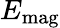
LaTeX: E_{\mathrm{mag}}